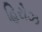
હિરોઝ